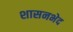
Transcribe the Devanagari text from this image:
शासनभेद